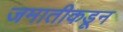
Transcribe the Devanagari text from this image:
जमातीकडून